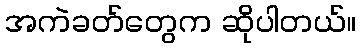
အကဲခတ်တွေက ဆိုပါတယ်။